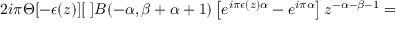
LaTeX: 2 i \pi \Theta [ - \epsilon ( z ) ] [ \; ] { \cal B } ( - \alpha , \beta + \alpha + 1 ) \left[ e ^ { i \pi \epsilon ( z ) \alpha } - e ^ { i \pi \alpha } \right] z ^ { - \alpha - \beta - 1 } =